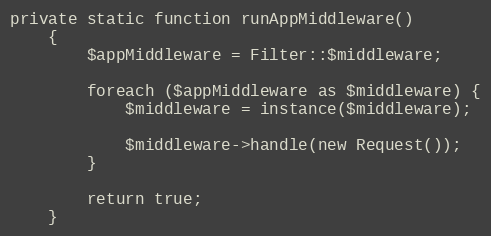
Language: PHP
private static function runAppMiddleware()
    {
        $appMiddleware = Filter::$middleware;

        foreach ($appMiddleware as $middleware) {
            $middleware = instance($middleware);

            $middleware->handle(new Request());
        }

        return true;
    }